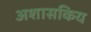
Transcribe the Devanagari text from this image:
अशासकिय